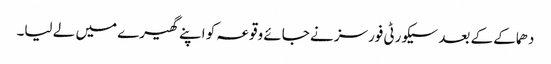
دھماکے کے بعد سیکورٹی فورسز نے جائے وقوعہ کو اپنے گھیرے میں لے لیا۔